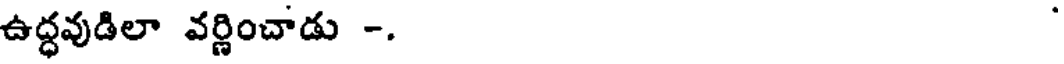
ఉద్ధవుడిలా వర్ణించాడు -.